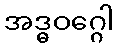
အဒ္ဓဝဂ္ဂေါ